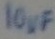
Text: 10µF